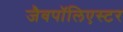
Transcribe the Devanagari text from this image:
जैवपॉलिएस्टर